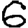
Digit: 6